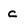
Character: c